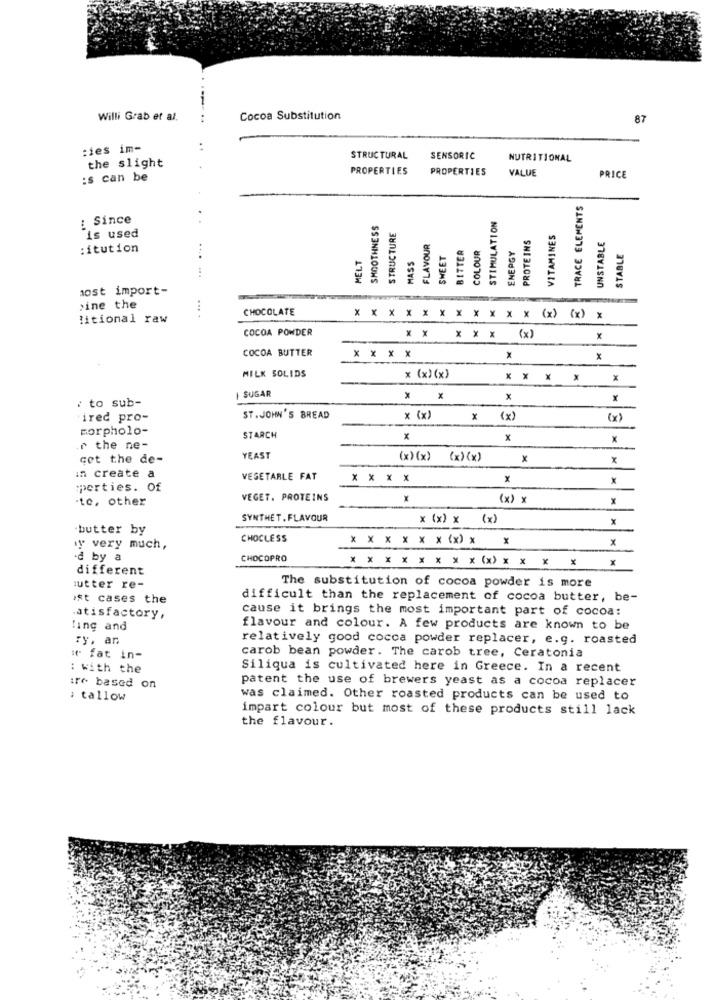
Willi Grab et al.
Cocoa Substitution
87
:ies im-
the slight
STRUCTURAL
SENSORIC
NUTRITIONAL
PROPERTIES
PROPERTIES
VALUE
:s can be
PRICE
TRACE ELEMENTS
: Since
SMOOTHNESS
STIMULATION
STRUCTURE
PROTEINS
VITAMINES
is used
...
FLAVOUR
UNSTABLE
: itution
SWEET
BITTER
COLOUR
ENERGY
STABLE
MELT
MASS
sost import-
. ...
>ine the
CHOCOLATE
* XXXXXXXXXX
litional raw
(x) {x) x
COCOA POWDER
* * * * * (x)
x
COCOA BUTTER
* * * *
X
x
MILK SOLIDS
x (x)(x)
X
x
I SUGAR
: to sub-
x
irec pro-
ST. JOHN'S BREAD
x (x)
X (x)
(x)
morpholo-
STARCH
X
x
r the ne-
cet the de-
YEAST
(x) (x) {x) (x)
X
x
in create a
VEGETARLE FAT
x
x
porties. Of
.tc, other
VEGET. PROTEINS
X
(x) x
x
SYNTHET. FLAVOUR
x (x) x (x)
butter by
CHOCLESS
y very much,
·d by a
CHOCOPRO
different
* * * * * * * * (*) * * * * *
The substitution of cocoa powder is more
utter re-
ist cases the
difficult than the replacement of cocoa butter, be-
cause it brings the most important part of cocoa:
atisfactory,
ling and
flavour and colour. A few products are known to be
ry, an
relatively good cocoa powder replacer, e.g. roasted
it fat in-
carob bean powder. The carob tree, Ceratonia
: with the
Siliqua is cultivated here in Greece. In a recent
patent the use of brewers yeast as a cocoa replacer
ire based on
: tallow
was claimed. Other roasted products can be used to
impart colour but most of these products still lack
the flavour.